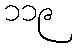
၁၁၉